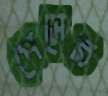
পেসের